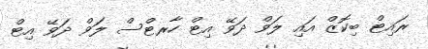
ރައިޓް ބިކޮޒް އައި ލަވް ދަވޭ އިޓް ހާރޓްސް ލަވް ދަވޭ އިޓް